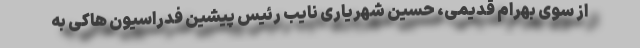
از سوی بهرام قدیمی، حسین شهریاری نایب رئیس پیشین فدراسیون هاکی به